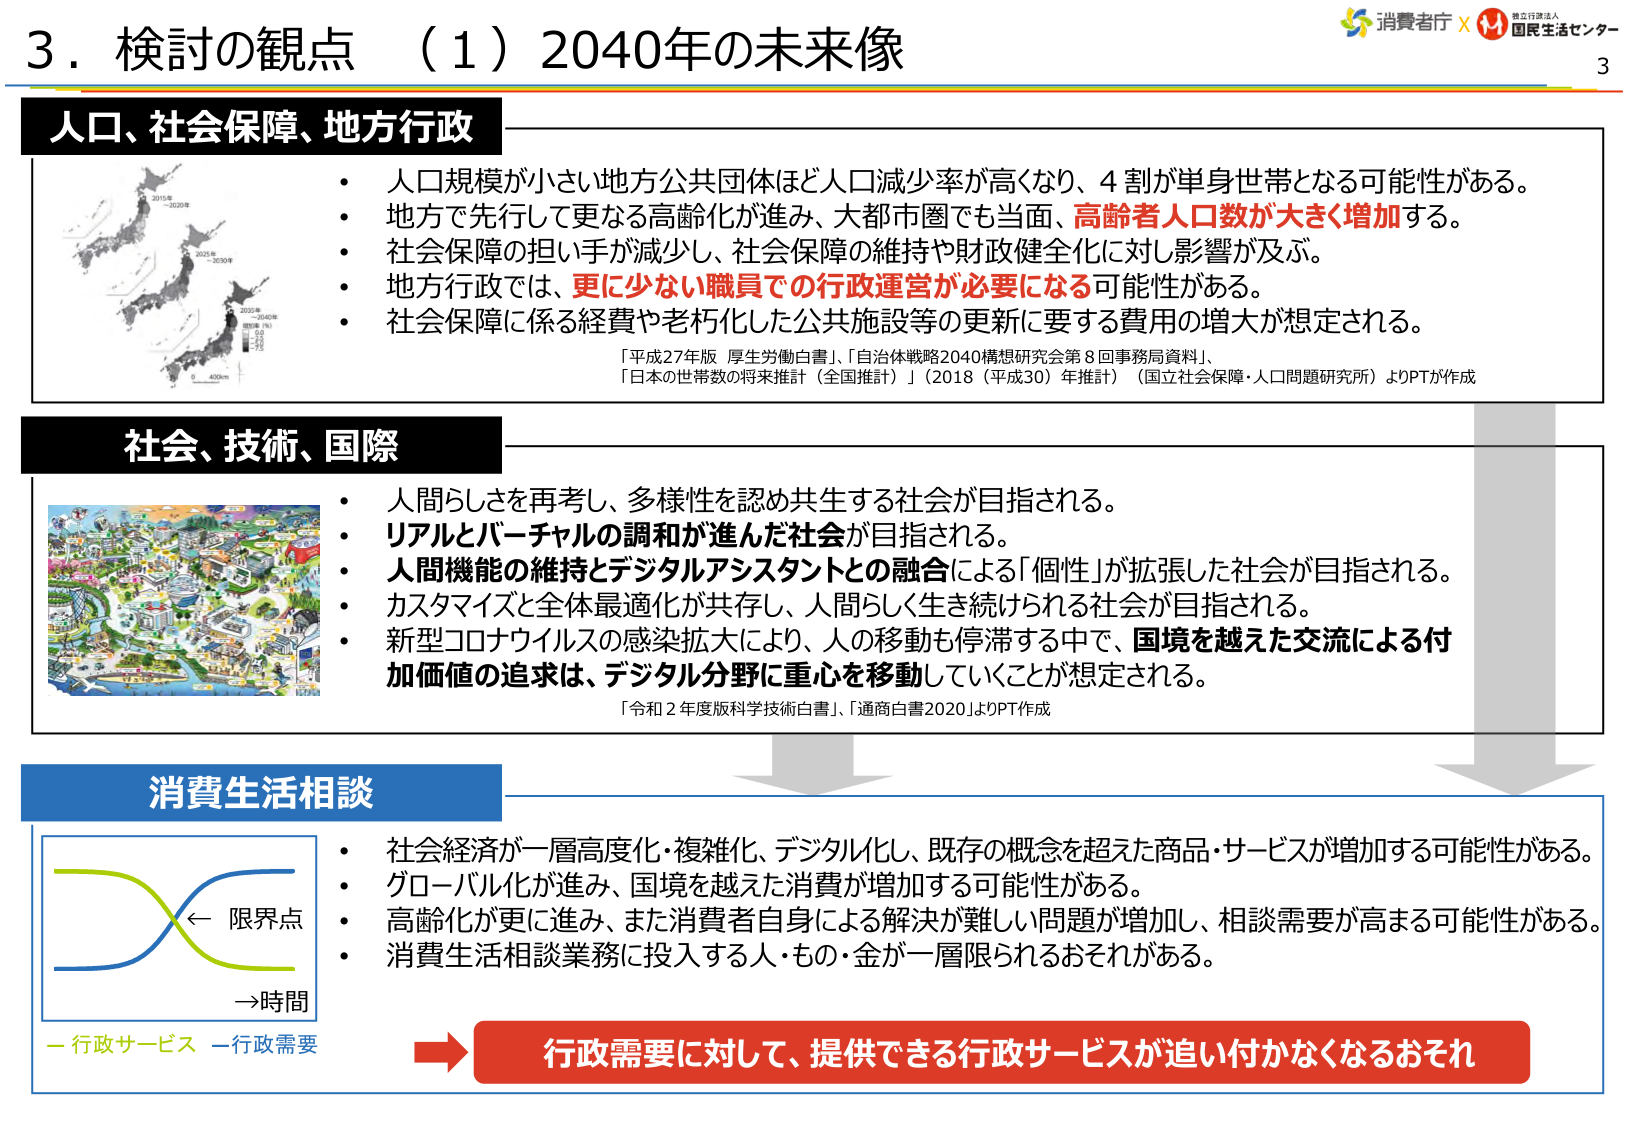
3．検討の観点 （1）2040年の未来像

人口、社会保障、地方行政
・人口規模が小さい地方公共団体ほど人口減少率が高くなり、4割が単身世帯となる可能性がある。
・地方で先行して更なる高齢化が進み、大都市圏でも当面、高齢者人口数が大きく増加する。
・社会保障の担い手が減少し、社会保障の維持や財政健全化に対し影響が及ぶ。
・地方行政では、更に少ない職員での行政運営が必要になる可能性がある。
・社会保障に係る経費や老朽化した公共施設等の更新に要する費用の増大が想定される。
「平成27年版 厚生労働白書」、「自治体戦略2040構想研究会第8回事務局資料」、
「日本の世帯数の将来推計（全国推計）」（2018（平成30）年推計）（国立社会保障・人口問題研究所）よりPPTが作成

社会、技術、国際
・人間らしさを再考し、多様性を認め共生する社会が目指される。
・リアルとバーチャルの調和が進んだ社会が目指される。
・人間機能の維持とデジタルアシスタントとの融合による「個性」が拡張した社会が目指される。
・カスタマイズと全体最適化が共存し、人間らしく生き続けられる社会が目指される。
・新型コロナウイルスの感染拡大により、人の移動も停滞する中で、国境を越えた交流による付加価値の追求は、デジタル分野に重心を移動していくことが想定される。
「令和2年度版科学技術白書」、「通商白書2020」よりPPT作成

消費生活相談
・社会経済が一層高度化・複雑化、デジタル化し、既存の概念を超えた商品・サービスが増加する可能性がある。
・グローバル化が進み、国境を越えた消費が増加する可能性がある。
・高齢化が更に進み、また消費者自身による解決が難しい問題が増加し、相談需要が高まる可能性がある。
・消費生活相談業務に投入する人・もの・金が一層限られるおそれがある。

←限界点
→時間
—行政サービス —行政需要

行政需要に対して、提供できる行政サービスが追い付かなくなるおそれ

消費者庁 × 独立行政法人 国民生活センター
3